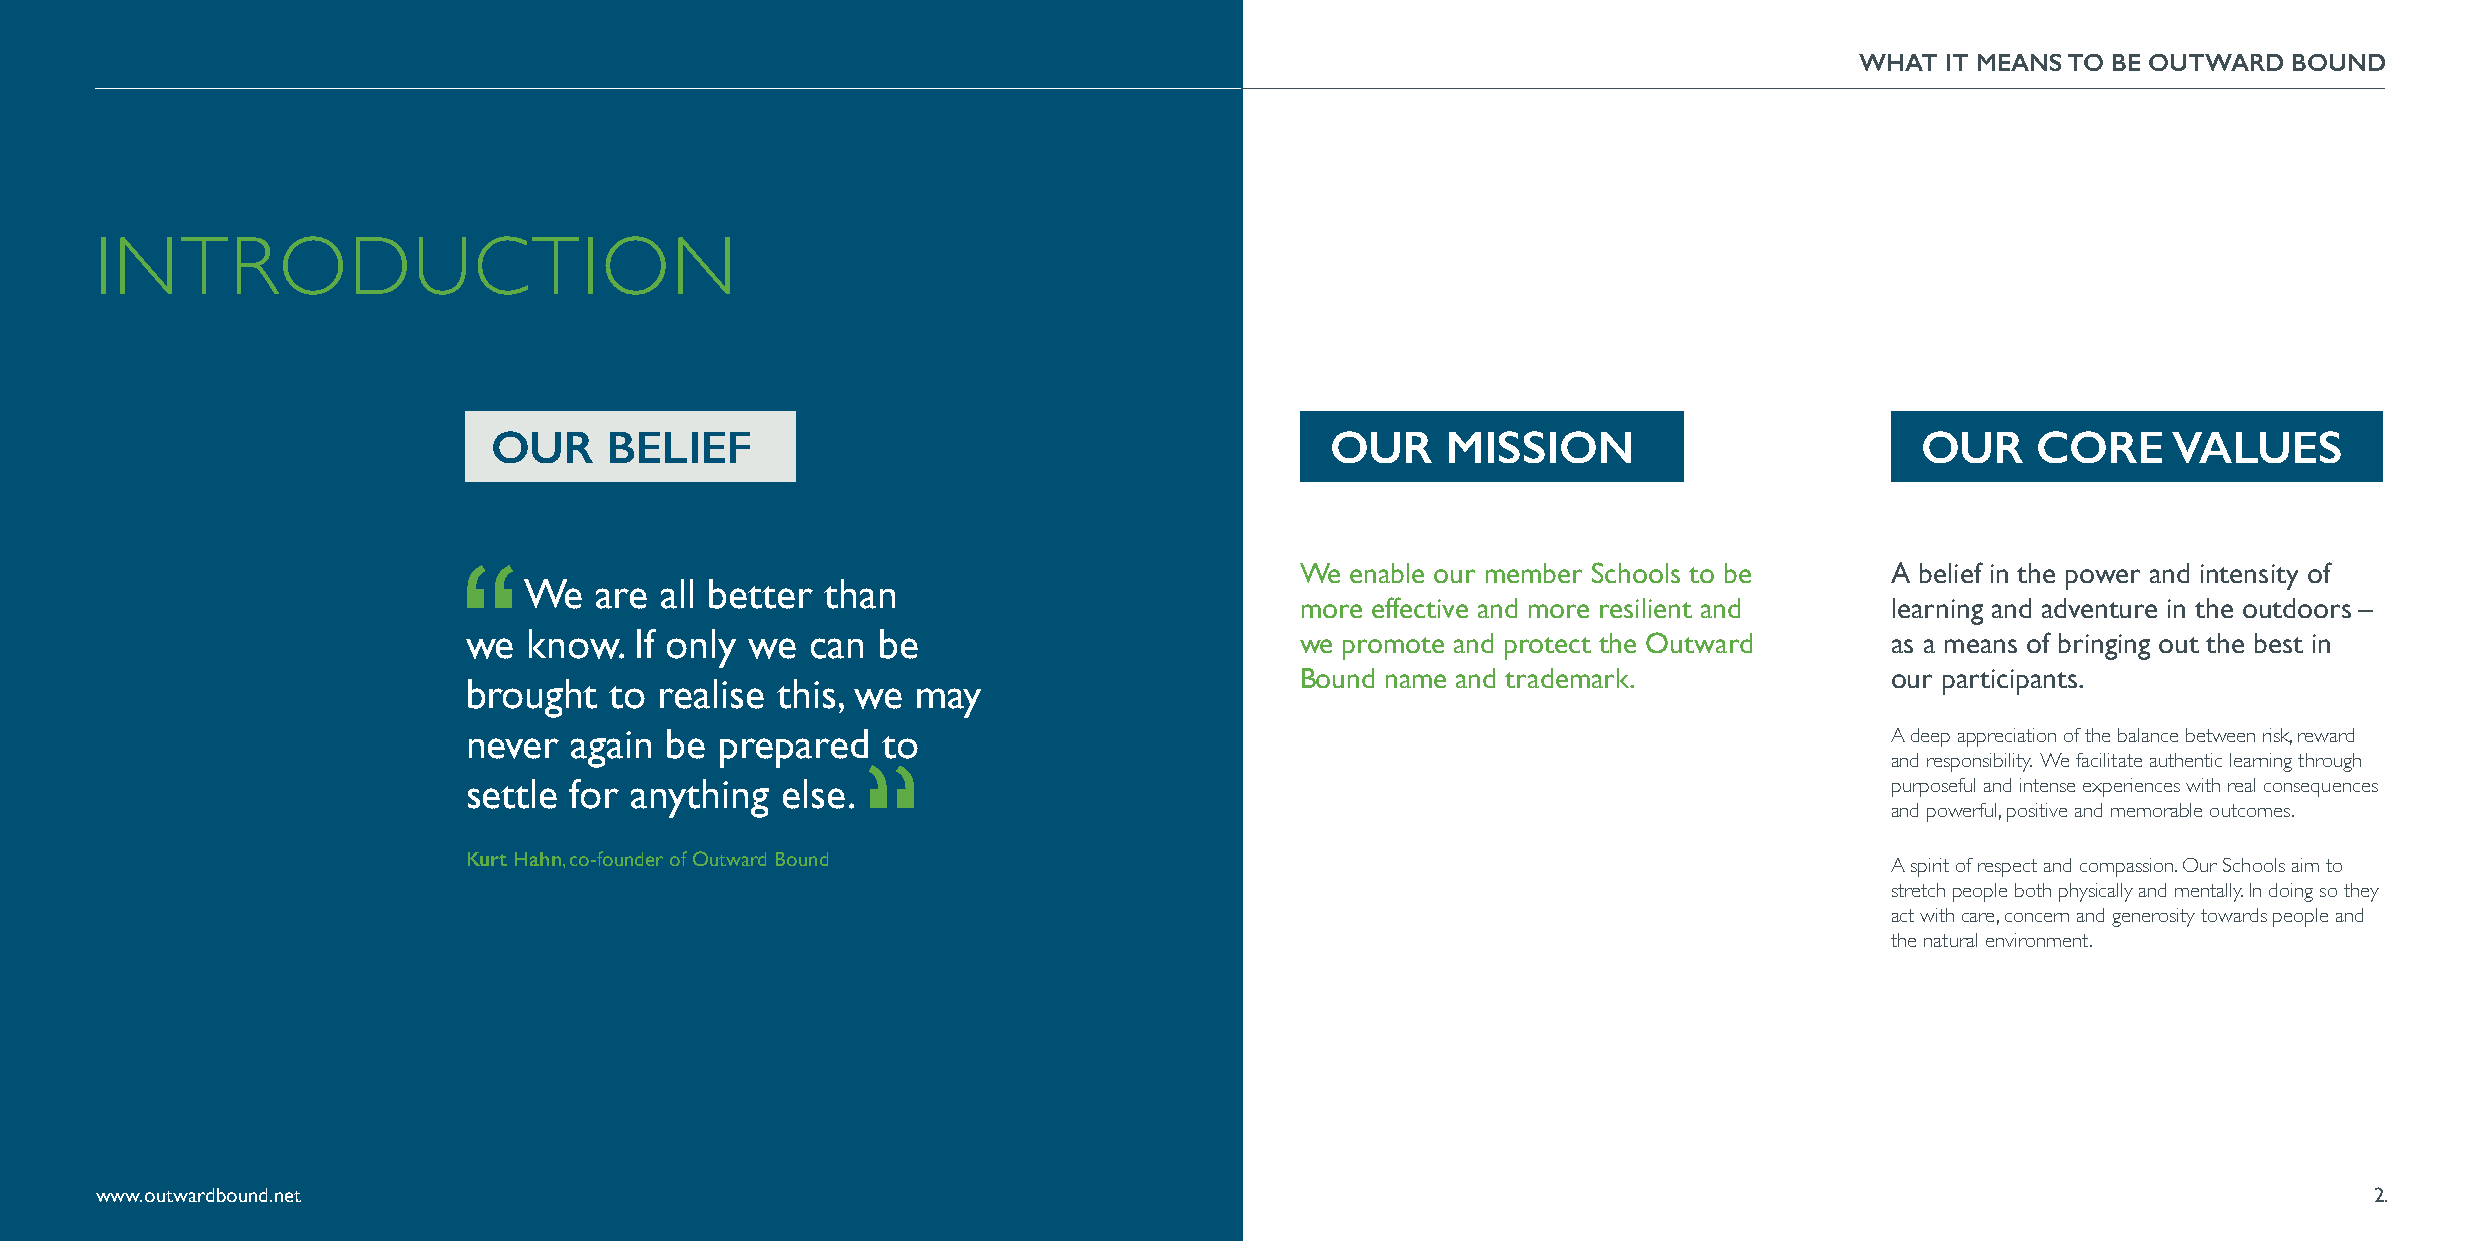
WHAT  IT MEANS TO BE OUTWARD BOUND
 INTRODUCTION
 OUR    BELIEF                                          OUR     MISSION                        OUR     CORE     VALUES
 We enable our member Schools to be     A belief in the power and intensity of
 We  are  all better than
 more effective and more resilient and  learning and adventure in the outdoors –
 we  know.  If only we  can be                          we promote and protect the Outward     as a means of bringing out the best in
 Bound name and trademark.              our participants.
 brought  to  realise this, we may
 never  again be  prepared  to                                                                 A deep appreciation of the balance between risk, reward
 and responsibility. We facilitate authentic learning through
 settle for anything  else.                                                                    purposeful and intense experiences with real consequences
 and powerful, positive and memorable outcomes.
 Kurt Hahn, co-founder of Outward Bound
 A spirit of respect and compassion. Our Schools aim to
 stretch people both physically and mentally. In doing so they
 act with care, concern and generosity towards people and
 the natural environment.
 www.outwardbound.net                                                                                                                                   2.